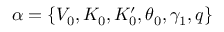
\alpha = \{ V _ { 0 } , K _ { 0 } , K _ { 0 } ^ { \prime } , \theta _ { 0 } , \gamma _ { 1 } , q \}